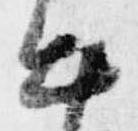
出